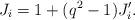
LaTeX: \begin{align*} J_{i}=1+(q^2-1) J_{i}^{\prime}. \end{align*}